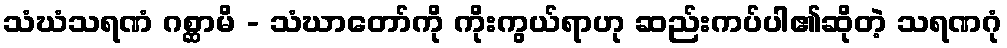
သံဃံသရဏံ ဂစ္ဆာမိ - သံဃာတော်ကို ကိုးကွယ်ရာဟု ဆည်းကပ်ပါ၏ဆိုတဲ့ သရဏဂုံ